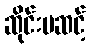
ဆိုင်းမဆင့်